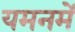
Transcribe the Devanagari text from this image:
यमनमें